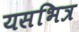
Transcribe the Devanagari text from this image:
यसभित्र